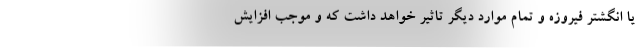
یا انگشتر فیروزه و تمام موارد دیگر تاثیر خواهد داشت که و موجب افزایش